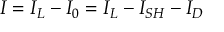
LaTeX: I = I _ { L } - I _ { 0 } = I _ { L } - I _ { S H } - I _ { D }